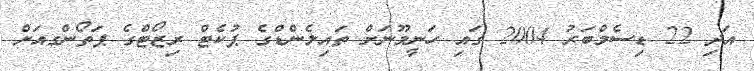
އަދި 22 ޑިސެމްބަރު 2004 ގައި ހަނީމޫނަށް ތައިލެންޑްގެ ޕުކެޓް ރިޒޯޓްގެ ޕަތޯންގއަށް